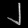
Digit: ၂